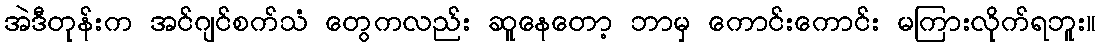
အဲဒီတုန်းက အင်ဂျင်စက်သံ တွေကလည်း ဆူနေတော့ ဘာမှ ကောင်းကောင်း မကြားလိုက်ရဘူး။